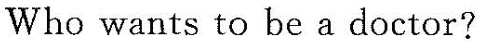
Who wants to be a doctor?